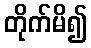
တိုက်မိ၍